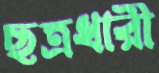
ছত্রধারী